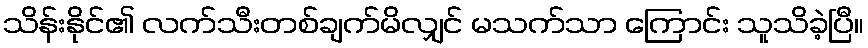
သိန်းနိုင်၏ လက်သီးတစ်ချက်မိလျှင် မသက်သာ ကြောင်း သူသိခဲ့ပြီ။